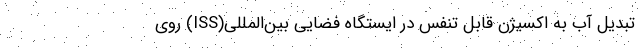
تبدیل آب به اکسیژن قابل تنفس در ایستگاه فضایی بین‌المللی(ISS) روی